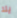
يلا